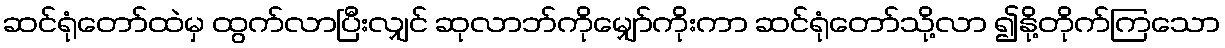
ဆင်ရုံတော်ထဲမှ ထွက်လာပြီးလျှင် ဆုလာဘ်ကိုမျှော်ကိုးကာ ဆင်ရုံတော်သို့လာ ၍နို့တိုက်ကြသော